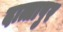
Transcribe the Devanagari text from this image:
दात्तापुर